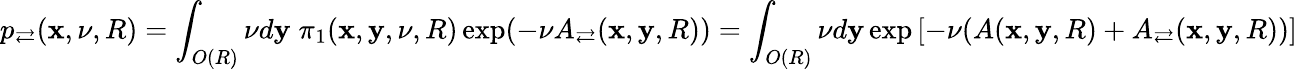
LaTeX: p_{\rightleftarrows}(\mathbf x,\nu,R)=\int_{O(R)}\nu d\mathbf y\; \pi_{1}(\mathbf x,\mathbf y,\nu,R)\exp(-\nu A_{\rightleftarrows}(\mathbf x,\mathbf y,R))=\int_{O(R)}\nu d\mathbf y\exp\left[-\nu(A(\mathbf x,\mathbf y,R)+A_{\rightleftarrows}(\mathbf x,\mathbf y,R))\right]